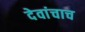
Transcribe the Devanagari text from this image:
देवांचाच